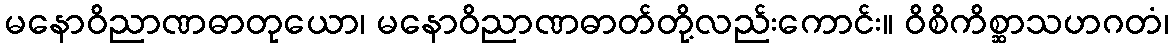
မနောဝိညာဏဓာတုယော၊ မနောဝိညာဏဓာတ်တို့လည်းကောင်း။ ဝိစိကိစ္ဆာသဟဂတံ၊